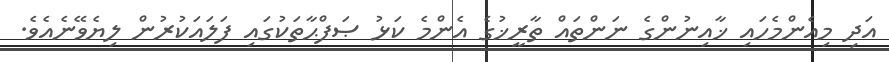
އަދި މިއެންމެހައި ޚާއިނުންގެ ނަންތައް ތާރީޚުގެ އެންމެ ކަޅު ޞަފްޙާތަކުގައި ފަލައަކުރުން ލިޔެވޭނެއެވެ.